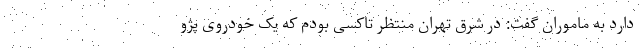
دارد به ماموران گفت: در شرق تهران منتظر تاکسی بودم که یک خودروی پژو